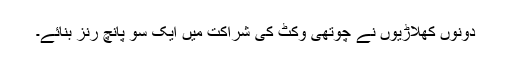
دونوں کھلاڑیوں نے چوتھی وکٹ کی شراکت میں ایک سو پانچ رنز بنائے۔